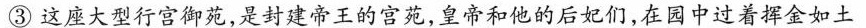
③这座大型行宫御苑，是封建帝王的宫苑，皇帝和他的后妃们，在园中过着挥金如土